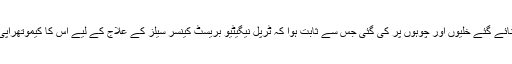
اس دوا کی ابتدائی آزمائش لیبارٹری میں بنائے گئے خلیوں اور چوہوں پر کی گئی جس سے ثابت ہوا کہ ٹرپل نیگیٹیو بریسٹ کینسر سیلز کے علاج کے لیے اس کا کیموتھراپی کے ساتھ تجربہ انتہائی کامیاب ثابت ہوا۔